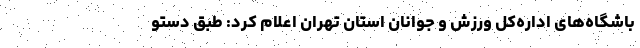
باشگاه‌های اداره‌کل ورزش و جوانان استان تهران اعلام کرد: طبق دستو